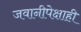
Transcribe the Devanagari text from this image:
जवानीपेक्षाही